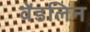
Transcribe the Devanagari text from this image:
वेंडलिन